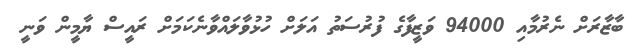
ބާޒާރަށް ނެރުމާއި 94000 ވަޒީފާގެ ފުރުސަތު އަލަށް ހުޅުވާލައްވާނެކަމަށް ރައީސް ޔާމީން ވަނީ